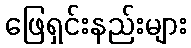
ဖြေရှင်းနည်းများ